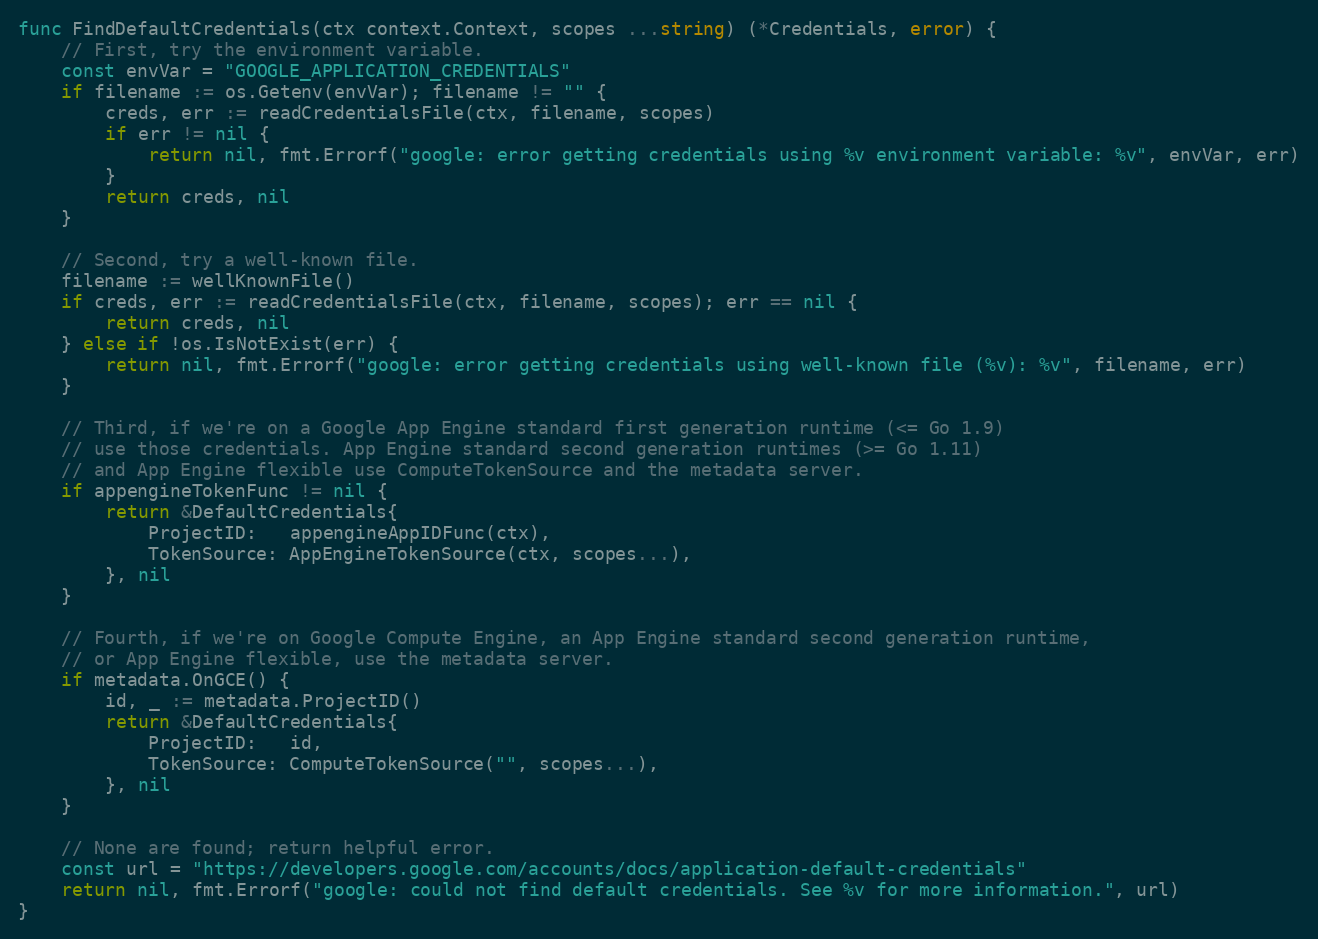
Language: Go
func FindDefaultCredentials(ctx context.Context, scopes ...string) (*Credentials, error) {
	// First, try the environment variable.
	const envVar = "GOOGLE_APPLICATION_CREDENTIALS"
	if filename := os.Getenv(envVar); filename != "" {
		creds, err := readCredentialsFile(ctx, filename, scopes)
		if err != nil {
			return nil, fmt.Errorf("google: error getting credentials using %v environment variable: %v", envVar, err)
		}
		return creds, nil
	}

	// Second, try a well-known file.
	filename := wellKnownFile()
	if creds, err := readCredentialsFile(ctx, filename, scopes); err == nil {
		return creds, nil
	} else if !os.IsNotExist(err) {
		return nil, fmt.Errorf("google: error getting credentials using well-known file (%v): %v", filename, err)
	}

	// Third, if we're on a Google App Engine standard first generation runtime (<= Go 1.9)
	// use those credentials. App Engine standard second generation runtimes (>= Go 1.11)
	// and App Engine flexible use ComputeTokenSource and the metadata server.
	if appengineTokenFunc != nil {
		return &DefaultCredentials{
			ProjectID:   appengineAppIDFunc(ctx),
			TokenSource: AppEngineTokenSource(ctx, scopes...),
		}, nil
	}

	// Fourth, if we're on Google Compute Engine, an App Engine standard second generation runtime,
	// or App Engine flexible, use the metadata server.
	if metadata.OnGCE() {
		id, _ := metadata.ProjectID()
		return &DefaultCredentials{
			ProjectID:   id,
			TokenSource: ComputeTokenSource("", scopes...),
		}, nil
	}

	// None are found; return helpful error.
	const url = "https://developers.google.com/accounts/docs/application-default-credentials"
	return nil, fmt.Errorf("google: could not find default credentials. See %v for more information.", url)
}